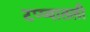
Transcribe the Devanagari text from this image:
टप्प्यातली